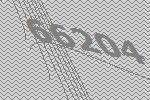
66204